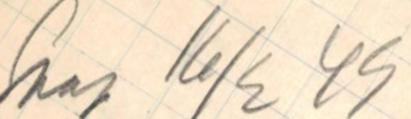
Saap 16/2 49